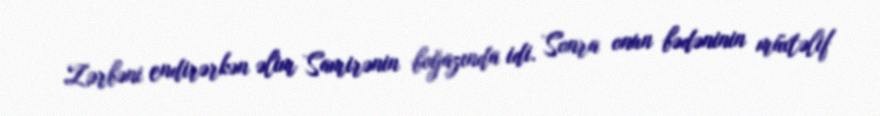
Zərbəni endirərkən əlim Samirənin boğazında idi. Sonra onun bədəninin müxtəlif